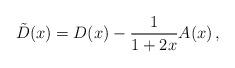
LaTeX: \begin{align*}\tilde{D}(x)= D(x)-\frac{1}{1+2x}A(x)\,,\end{align*}